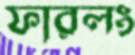
ফারলং